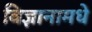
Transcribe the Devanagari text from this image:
विज्ञानामधे